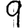
Digit: 9